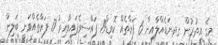
މީގެ އިތުރުން ގދ.ނަޑެއްލާއިން 6 ފަރާތެއް ކޮވިޑް19 ފައްސިވެފައިވާއިރު 17 ފަރާތެއްވަނީ ބަލިން